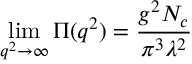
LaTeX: \operatorname * { l i m } _ { q ^ { 2 } \rightarrow \infty } \Pi ( q ^ { 2 } ) = \frac { g ^ { 2 } N _ { c } } { \pi ^ { 3 } \lambda ^ { 2 } }